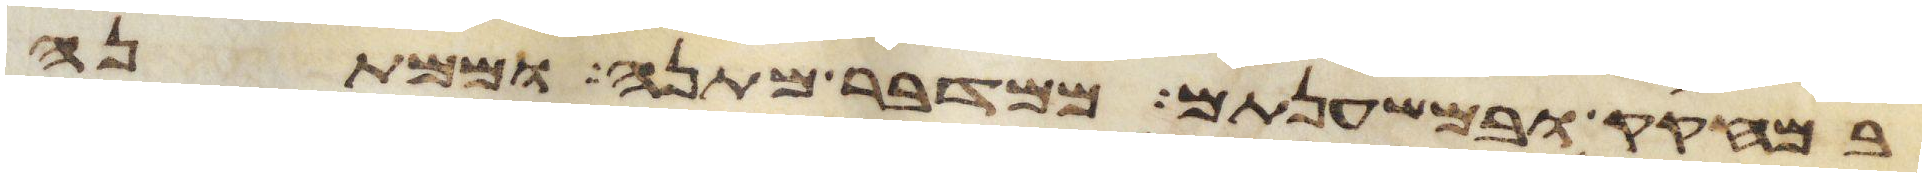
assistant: במחקק ובמשענתם ממדבר מתנה וממתנה